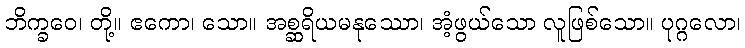
ဘိက္ခဝေ၊ တို့။ ဧကော၊ သော။ အစ္ဆရိယမနုဿော၊ အံ့ဖွယ်သော လူဖြစ်သော။ ပုဂ္ဂလော၊